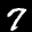
Label: 7